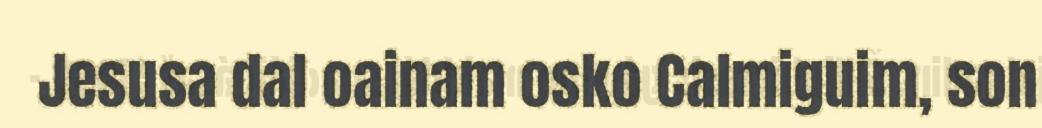
Jesusa dal oainam osko Calmiguim, son